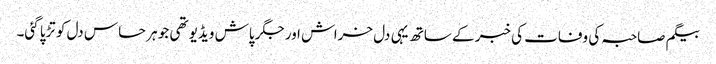
بیگم صاحبہ کی وفات کی خبر کے ساتھ یہی دل خراش اور جگر پاش ویڈیو تھی جو ہر حساس دل کو تڑپا گئی۔